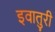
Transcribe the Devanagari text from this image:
इवातुरी